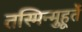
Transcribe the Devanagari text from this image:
तस्मिन्मुहूर्ते